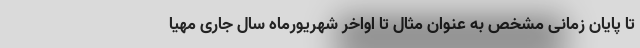
تا پایان زمانی مشخص به عنوان مثال تا اواخر شهریورماه سال جاری مهیا